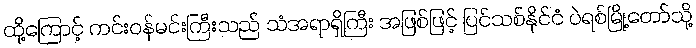
ထို့ကြောင့် ကင်းဝန်မင်းကြီးသည် သံအရာရှိကြီး အဖြစ်ဖြင့် ပြင်သစ်နိုင်ငံ ပဲရစ်မြို့တော်သို့